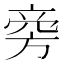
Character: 𬀊